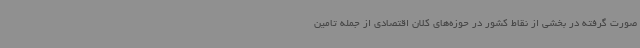
صورت گرفته در بخشی از نقاط کشور در حوزه‌های کلان اقتصادی از جمله تامین